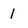
Character: 1